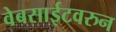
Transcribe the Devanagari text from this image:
वेबसाईटवरुन